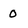
Character: 0